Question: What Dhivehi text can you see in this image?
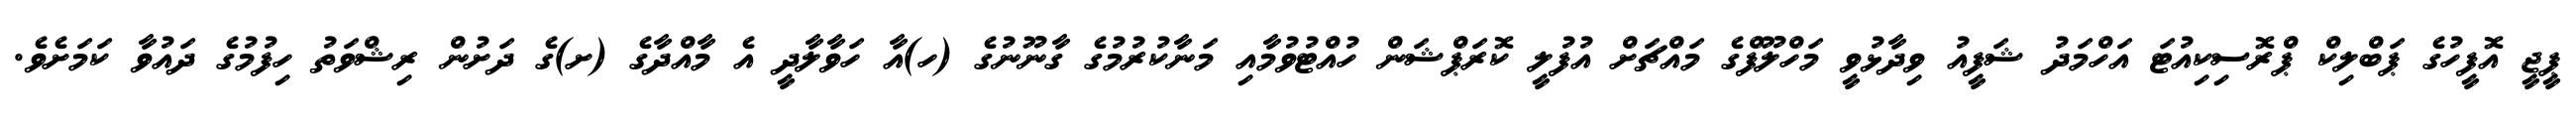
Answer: ޕީޖީ އޮފީހުގެ ޕަބްލިކް ޕްރޮސިކިއުޓަ އަހްމަދު ޝަފީއު ވިދާޅުވީ މަހްލޫފްގެ މައްޗަށް އުފުލީ ކޮރަޕްޝަން ހުއްޓުވުމާއި މަނާކުރުމުގެ ގާނޫނުގެ (ހ)އާ ހަވާލާދީ އެ މާއްދާގެ (ށ)ގެ ދަށުން ރިޝްވަތު ހިފުމުގެ ދައުވާ ކަމަށެވެ.